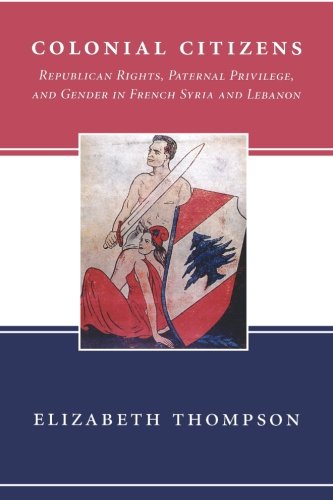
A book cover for Colonial Citizens; Elizabeth Thompson; History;